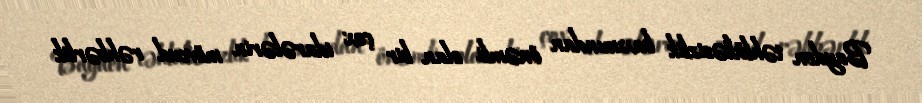
Bayden təhlükəsizlik baxımından önəmli olan bir çox idarələrin mövcud rəhbərlik